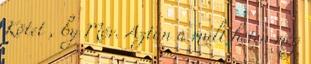
Kötet , by Mór. Aztán a múlt héten még